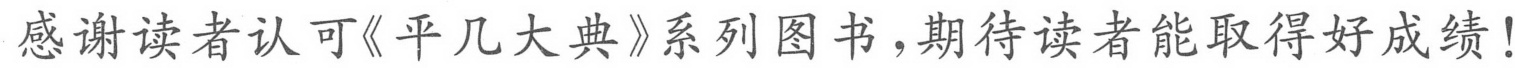
感谢读者认可《平几大典》系列图书，期待读者能取得好成绩！